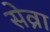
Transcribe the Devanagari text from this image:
सेव्रा